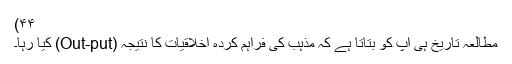
۴۴)
مطالعۂ تاریخ ہی آپ کو بتاتا ہے کہ مذہب کی فراہم کردہ اخلاقیات کا نتیجہ (Out-put) کیا رہا۔